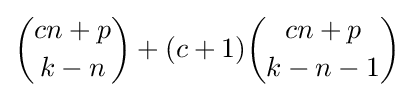
{\binom {cn+p}{k-n}}+(c+1){\binom {cn+p}{k-n-1}}